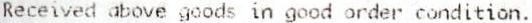
RECEIVED ABOVE GOODS IN GOOD ORDER CONDITION.